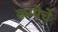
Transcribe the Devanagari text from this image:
कम्पेचे